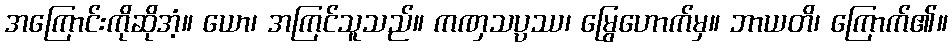
အကြောင်းကိုဆိုအံ့။ ယော၊ အကြင်သူသည်။ ကဏှသပ္ပဿ၊ မြွေဟောက်မှ။ ဘာယတိ၊ ကြောက်၏။